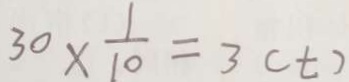
3 0 \times \frac { 1 } { 1 0 } = 3 ( t )